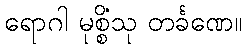
ရောဂါ မုစ္စိံသု တင်္ခဏေ။